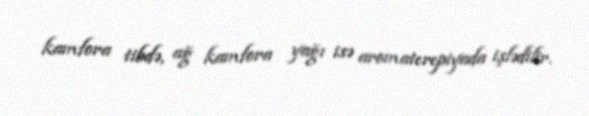
kamfora tibdə, ağ kamfora yağı isə aromaterepiyada işlədilir.